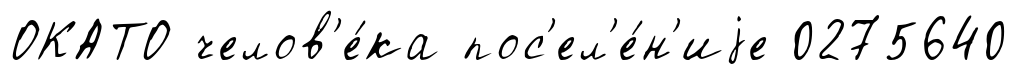
ОКАТО челов'е́ка пос'ел'е́н'иjе 0275640